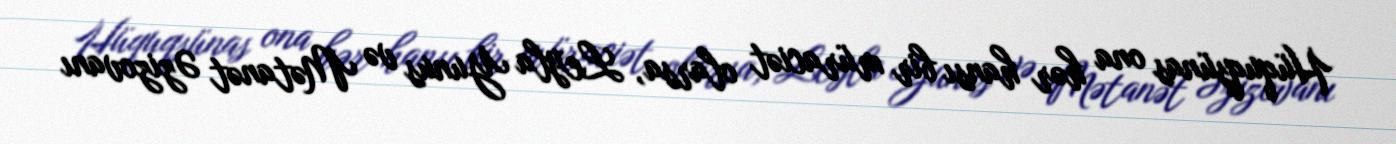
Hüquqşünas ona hər hansı bir müraciət olarsa, Leyla Yunus və Mətanət Əzizovanı